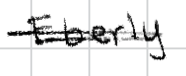
Text: Eberly
Cross-out: double-line
Writing tool: digital_black